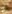
أو